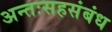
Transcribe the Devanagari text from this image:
अन्तःसहसंबंध